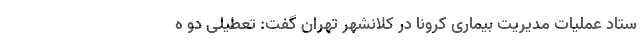
ستاد عملیات مدیریت بیماری کرونا در کلانشهر تهران گفت: تعطیلی دو ه